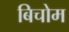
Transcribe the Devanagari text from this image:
बिचोम